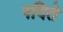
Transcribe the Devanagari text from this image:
गदिते